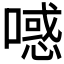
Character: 𰈪